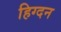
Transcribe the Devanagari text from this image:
हिग्दन